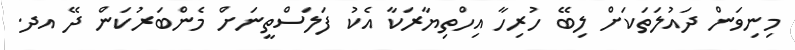
މިނިވަން ދައުލަތަކަށް ލިބޭ ހުރިހާ އިހްތިޔާރަކާ އެކު ފަލަސްތީނަށް މެންބަރުކަން ދޭ އދ.